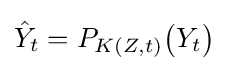
{\hat {Y}}_{t}=P_{K(Z,t)}{\big (}Y_{t}{\big )}